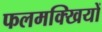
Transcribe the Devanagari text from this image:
फलमक्खियों